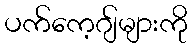
ပက်ကေ့ဂျ်များကို